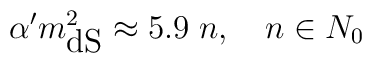
\alpha'm^2_{\mbox{dS}}\approx 5.9\;n,\quad n\in N_{0}